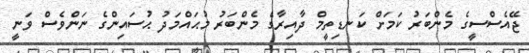
ޖޭއެސްސީގެ މެންބަރު ކަމަށް ކަނޑިތީމް ދާއިރާގެ މެންބަރު މުޙައްމަދު ޙުސައިންގެ ނަންވެސް ވަނީ